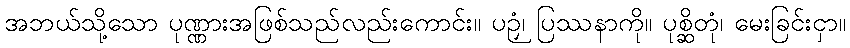
အဘယ်သို့သော ပုဏ္ဏားအဖြစ်သည်လည်းကောင်း။ ပဉှံ၊ ပြဿနာကို။ ပုစ္ဆိတုံ၊ မေးခြင်းငှာ။